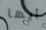
أيها